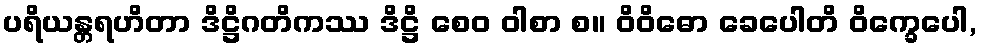
ပရိယန္တရဟိတာ ဒိဋ္ဌိဂတိကဿ ဒိဋ္ဌိ စေဝ ဝါစာ စ။ ဝိဝိဓော ခေပေါတိ ဝိက္ခေပေါ,